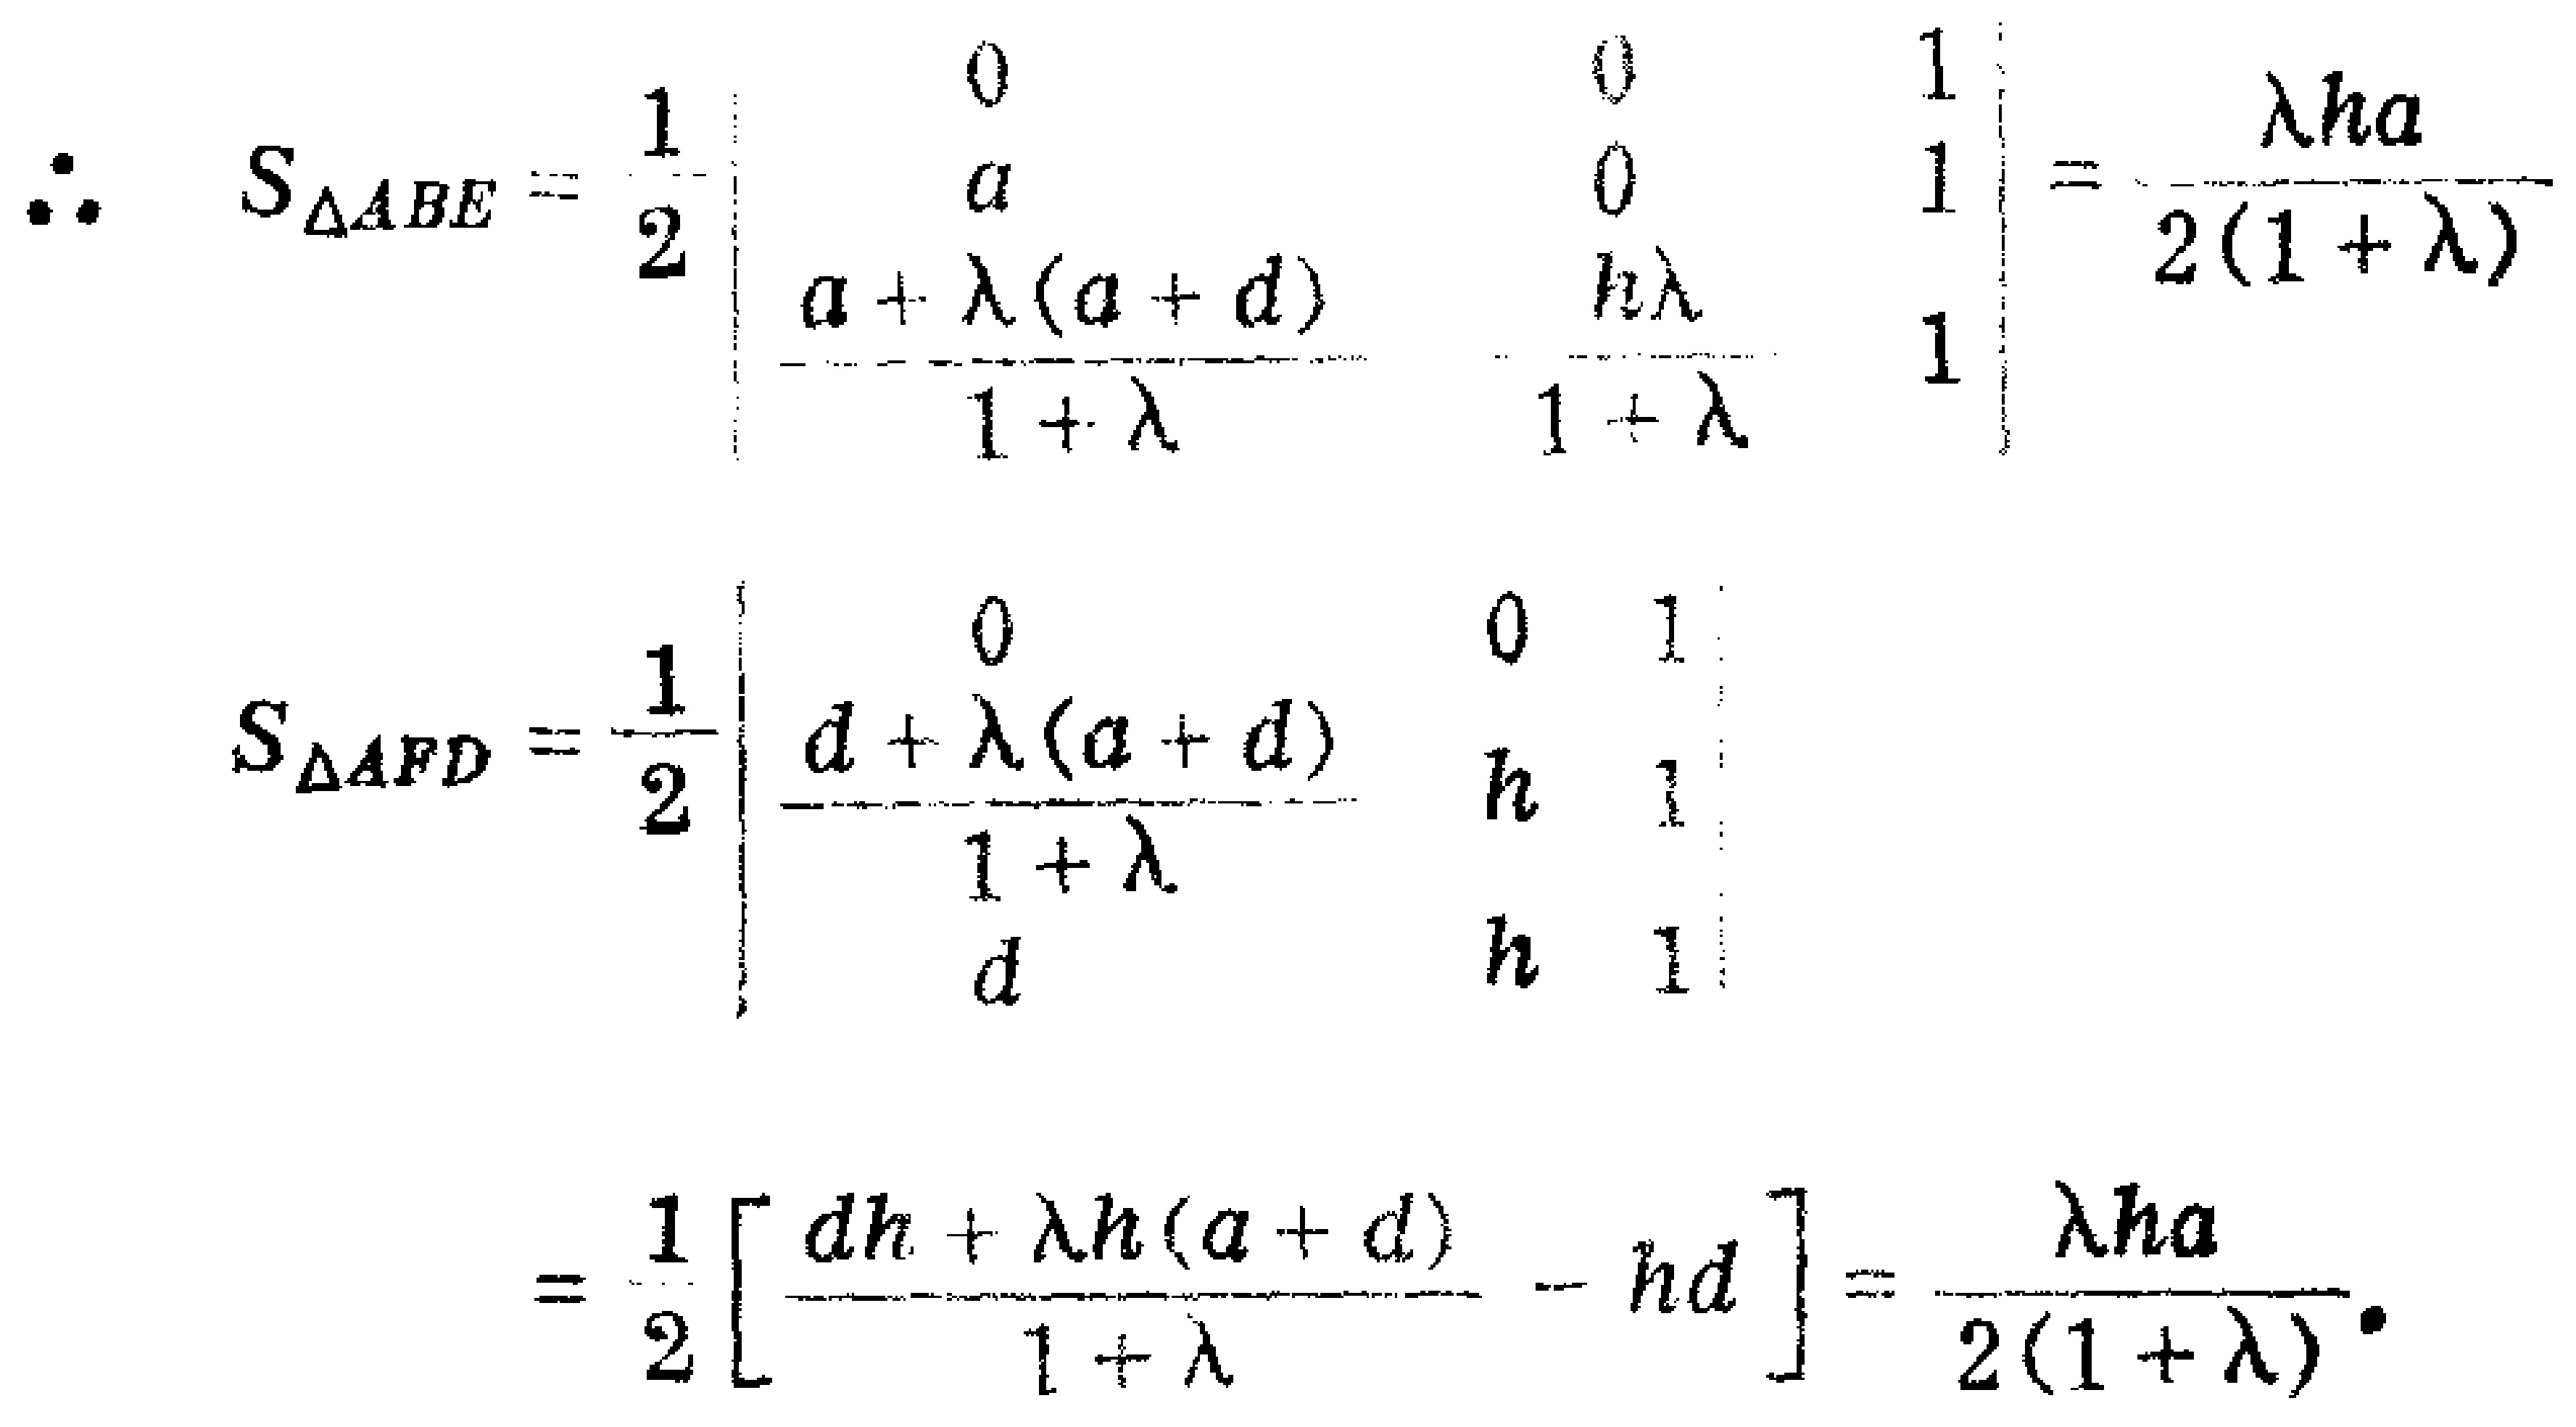
\[
\begin{align*}
\therefore S_{\triangle ABE}&=\frac{1}{2}\begin{vmatrix}
0&0&1\\
a&0&1\\
\frac{a + \lambda(a + d)}{1+\lambda}&\frac{h\lambda}{1+\lambda}&1
\end{vmatrix}=\frac{\lambda ha}{2(1 + \lambda)}\\
S_{\triangle AFD}&=\frac{1}{2}\begin{vmatrix}
0&0&1\\
\frac{d+\lambda(a + d)}{1+\lambda}&h&1\\
d&h&1
\end{vmatrix}\\
&=\frac{1}{2}\left[\frac{dh+\lambda h(a + d)}{1+\lambda}-hd\right]=\frac{\lambda ha}{2(1 + \lambda)}
\end{align*}
\]